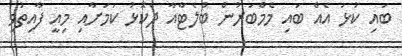
ބައި ކުޅަ އެއް ބައި މެމްބަރުން ބްލެޓާއާ ދެކޮޅު ކަމަށާއި މިއީ ފާއިތުވި